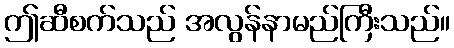
ဤဆီစက်သည် အလွန်နာမည်ကြီးသည်။